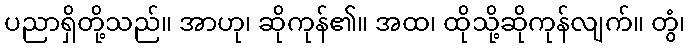
ပညာရှိတို့သည်။ အာဟု၊ ဆိုကုန်၏။ အထ၊ ထိုသို့ဆိုကုန်လျက်။ တွံ၊